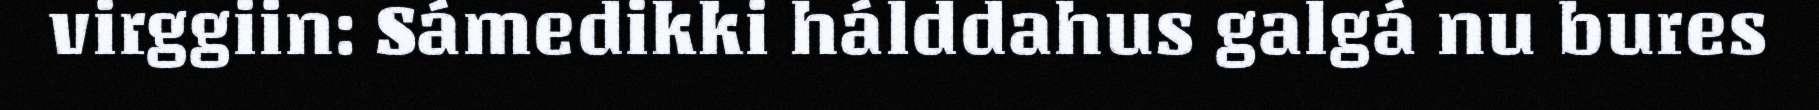
virggiin: Sámedikki hálddahus galgá nu bures